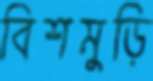
বিশমুড়ি